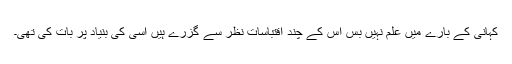
کہانی کے بارے میں علم نہیں بس اس کے چند اقتباسات نظر سے گزرے ہیں اسی کی بنیاد پر بات کی تھی۔